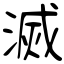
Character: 滅